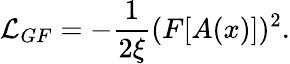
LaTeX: {\cal L}_{GF}=-{\frac{1}{2\xi}}(F[A(x)])^{2}.